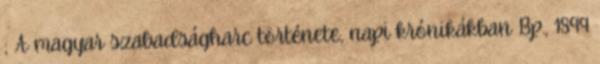
; A magyar szabadságharc története, napi krónikákban Bp., 1899